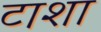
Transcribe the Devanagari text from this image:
टाशा